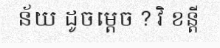
ន័យ ដូចម្តេច ? វិ ខន្តី